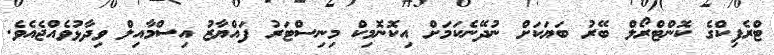
ޓްރެފިކްގެ ކޮންޓްރޯލް ބޭރު ބަޔަކަށް ނުދޭނެކަމަށް އިކޮނޮމިކް މިނިސްޓަރު ފައްޔާޒު އިސްމާއިލް ވިދާޅުވެއްޖެއެވެ.